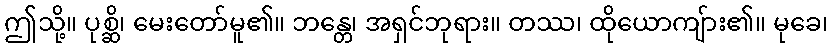
ဤသို့။ ပုစ္ဆိ၊ မေးတော်မူ၏။ ဘန္တေ၊ အရှင်ဘုရား။ တဿ၊ ထိုယောကျ်ား၏။ မုခေ၊